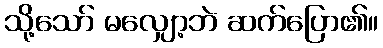
သို့သော် မလျှော့ဘဲ ဆက်ပြော၏။